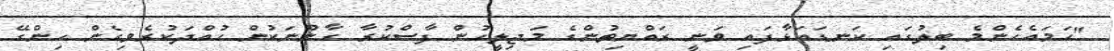
"ހަމައެހެންމެ ބިލުގައި ކަނޑައަޅާފައި ވަނީ ރައްޔިތުންގެ މަޖިލީހުން ފާސްކުރާ ގާނޫނަކުން ހުއްދަކުރެވިގެން ހިންގޭ